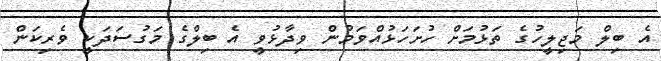
އެ ބިލް މަޖިލީހުގެ ތަޅުމަށް ހުށަހަޅުއްވަމުން ވިދާޅުވީ އެ ބިލްގެ މަގުސަދަކީ ވެރިކަން